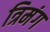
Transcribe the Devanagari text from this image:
त्रिमंग